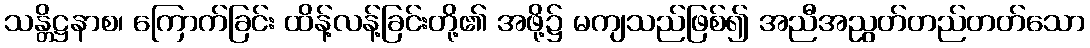
သန္တိဋ္ဌနာစ၊ ကြောက်ခြင်း ထိန့်လန့်ခြင်းတို့၏ အဖို့၌ မကျသည်ဖြစ်၍ အညီအညွတ်တည်တတ်သော